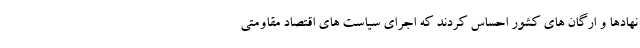
نهادها و ارگان های کشور احساس کردند که اجرای سیاست های اقتصاد مقاومتی